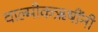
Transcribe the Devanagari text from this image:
वाल्मीकऋषींनी